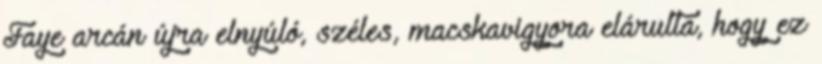
Faye arcán újra elnyúló, széles, macskavigyora elárulta, hogy ez